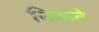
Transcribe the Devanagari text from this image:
निकते